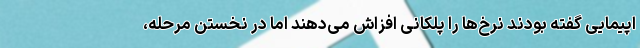
اپیمایی گفته بودند نرخ‌ها را پلکانی افزاش می‌دهند اما در نخستن مرحله،